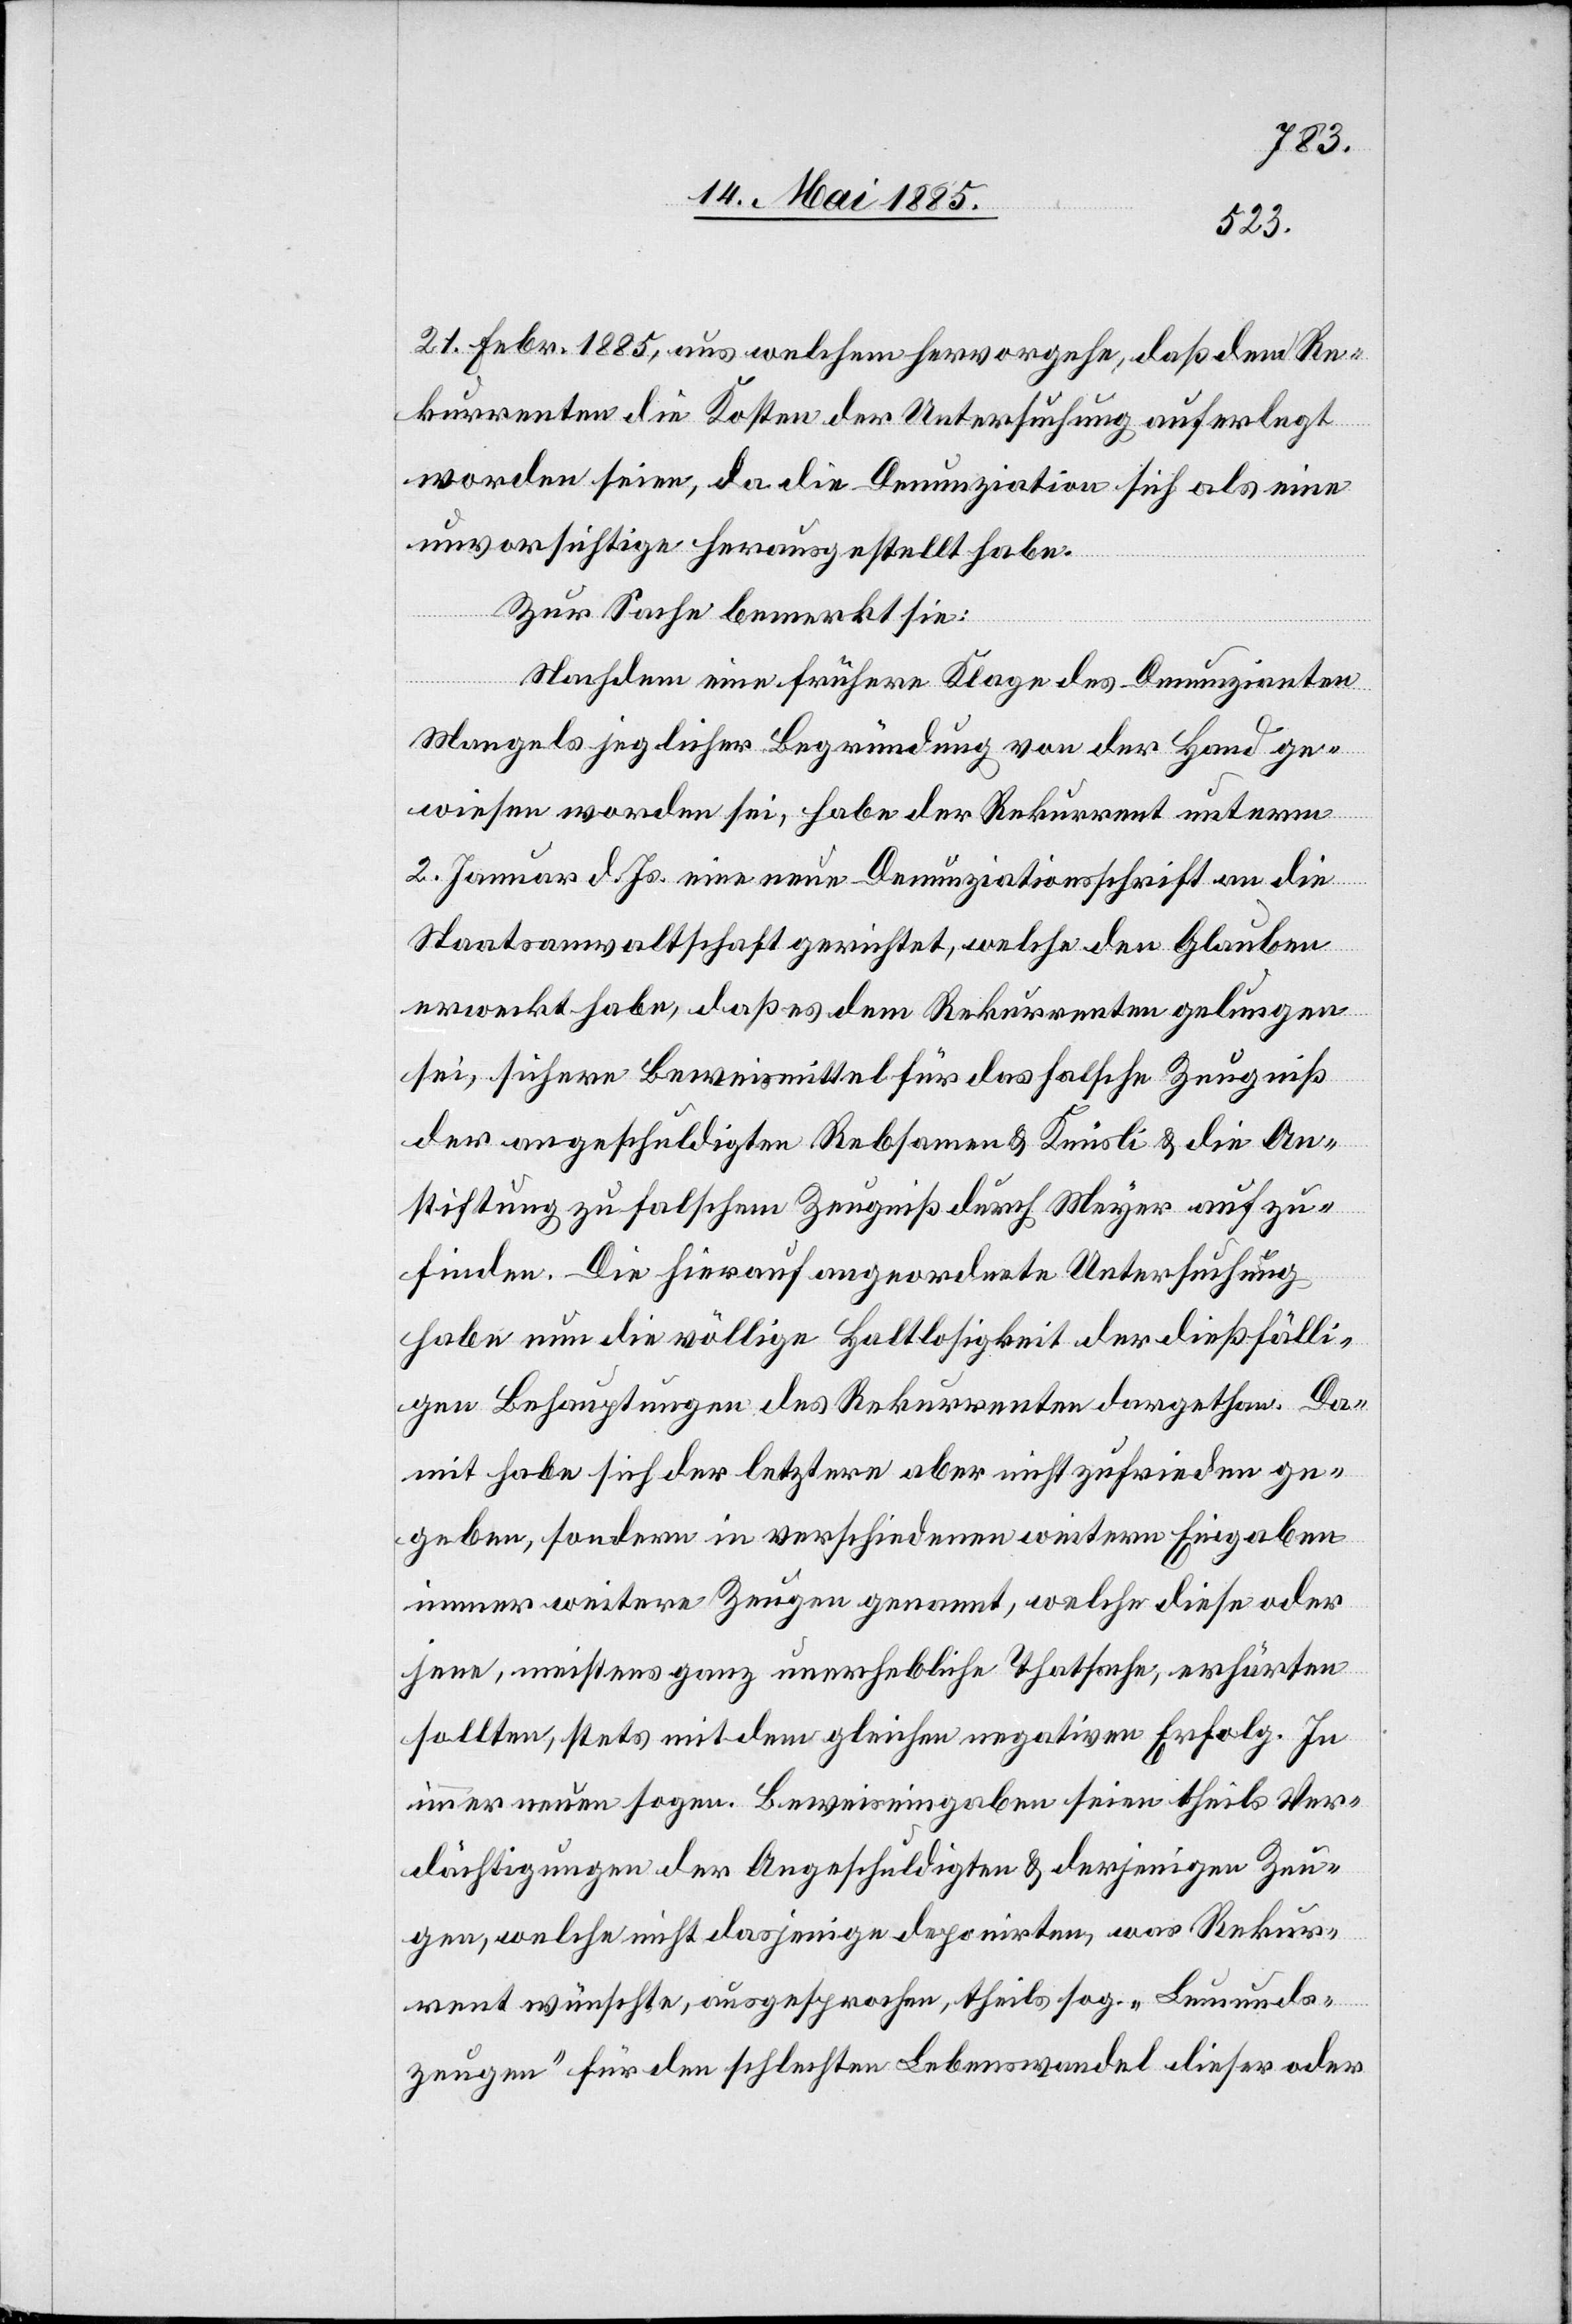
21. Febr. 1885, aus welchem hervorgehe, daß dem Re¬
kurrenten die Kosten der Untersuchung auferlegt
worden seien, da die Denunziation sich als eine
unvorsichtige herausgestellt habe.
Zur Sache bemerkt sie:
Nachdem eine frühere Klage des Denunzianten
Mangels jeglicher Begründung von der Hand ge¬
wiesen worden sei, habe der Rekurrent unterm
2. Januar d. Js. eine neue Denunziationsschrift an die
Staatsanwaltschaft gerichtet, welche den Glauben
erweckt habe, daß es dem Rekurrenten gelungen
sei, sichere Beweismittel für das falsche Zeugniß
der angeschuldigten Rebsamen & Knüsli & die An¬
stiftung zu solchem Zeugniß durch Meyer aufzu¬
finden. Die hierauf angeordnete Untersuchung
habe nun die völlige Haltlosigkeit der dießfälli¬
gen Behauptungen des Rekurrenten dargethan. Da¬
mit habe sich der letztere aber nicht zufrieden ge¬
geben, sondern in verschiedenen weitern Eingaben
immer weitere Zeugen genannt, welche diese oder
jene, meistens ganz unerhebliche Thatsache, erhärten
sollten, stets mit dem gleichen negativen Erfolg. In
immer neuen sogen. Beweiseingaben seien theils Ver¬
dächtigungen der Angeschuldigten & derjenigen Zeu¬
gen, welche nicht dasjenige deponirten, was Rekur¬
rent wünschte, ausgesprochen, theils sog. „Leumunds¬
zeugen“ für den schlechten Lebenswandel dieser oder